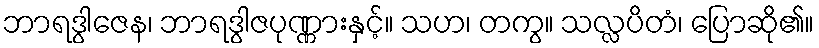
ဘာရဒွါဇေန၊ ဘာရဒွါဇပုဏ္ဏားနှင့်။ သဟ၊ တကွ။ သလ္လပိတံ၊ ပြောဆို၏။